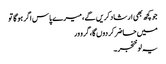
جو کچھ بھی ارشاد کریں گے، میرے پاس اگر ہو گا تو
میں حاضر کر دوں گا، گرو ور
یہ لو خنجر ۔